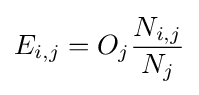
E_{i,j}=O_{j}{\frac {N_{i,j}}{N_{j}}}